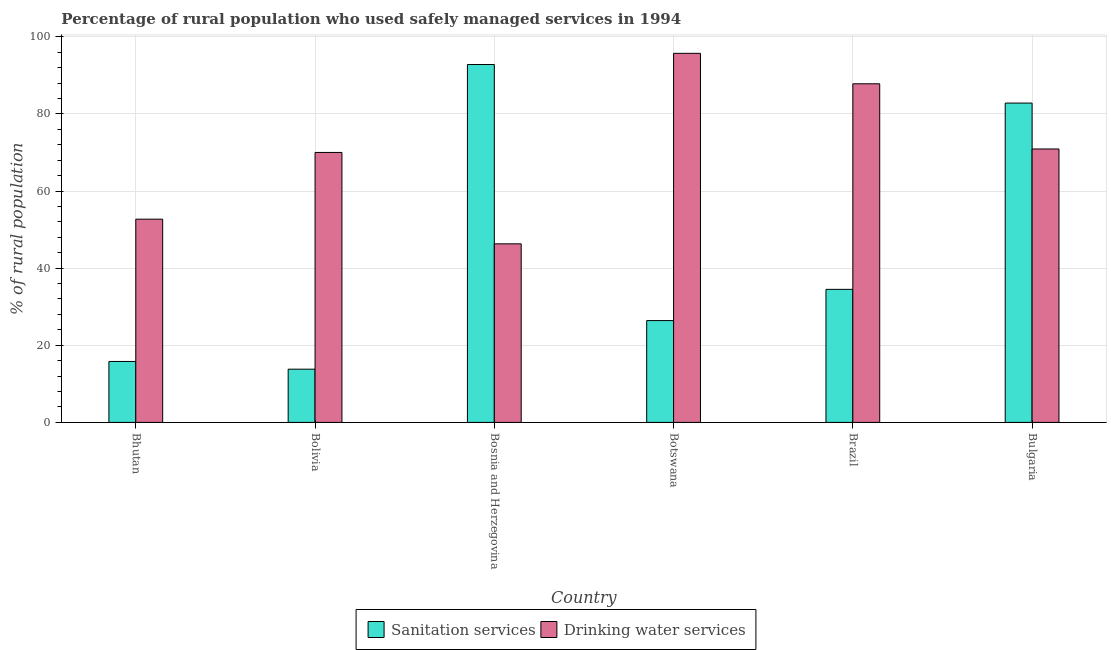
| Country | Sanitation services | Drinking water services |
 | --- | --- | --- |
 | Bhutan | 15.8 | 52.7 |
 | Bolivia | 13.8 | 70 |
 | Bosnia and Herzegovina | 92.8 | 46.3 |
 | Botswana | 26.4 | 95.7 |
 | Brazil | 34.5 | 87.8 |
 | Bulgaria | 82.8 | 70.9 |